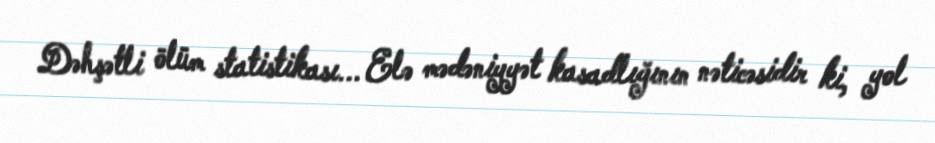
Dəhşətli ölüm statistikası... Elə mədəniyyət kasadlığının nəticəsidir ki, yol